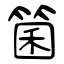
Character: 箘